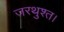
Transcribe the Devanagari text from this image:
जरथुश्त।